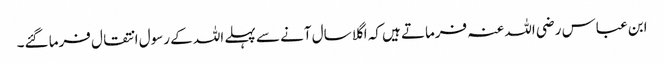
ابن عباس رضی اللہ عنہ فرماتے ہیں کہ اگلا سال آنے سے پہلے اللہ کے رسول انتقال فرما گئے۔